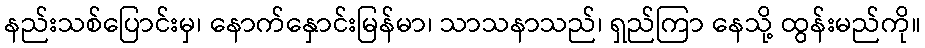
နည်းသစ်ပြောင်းမှ၊ နောက်နှောင်းမြန်မာ၊ သာသနာသည်၊ ရှည်ကြာ နေသို့ ထွန်းမည်ကို။